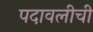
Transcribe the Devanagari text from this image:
पदावलीची